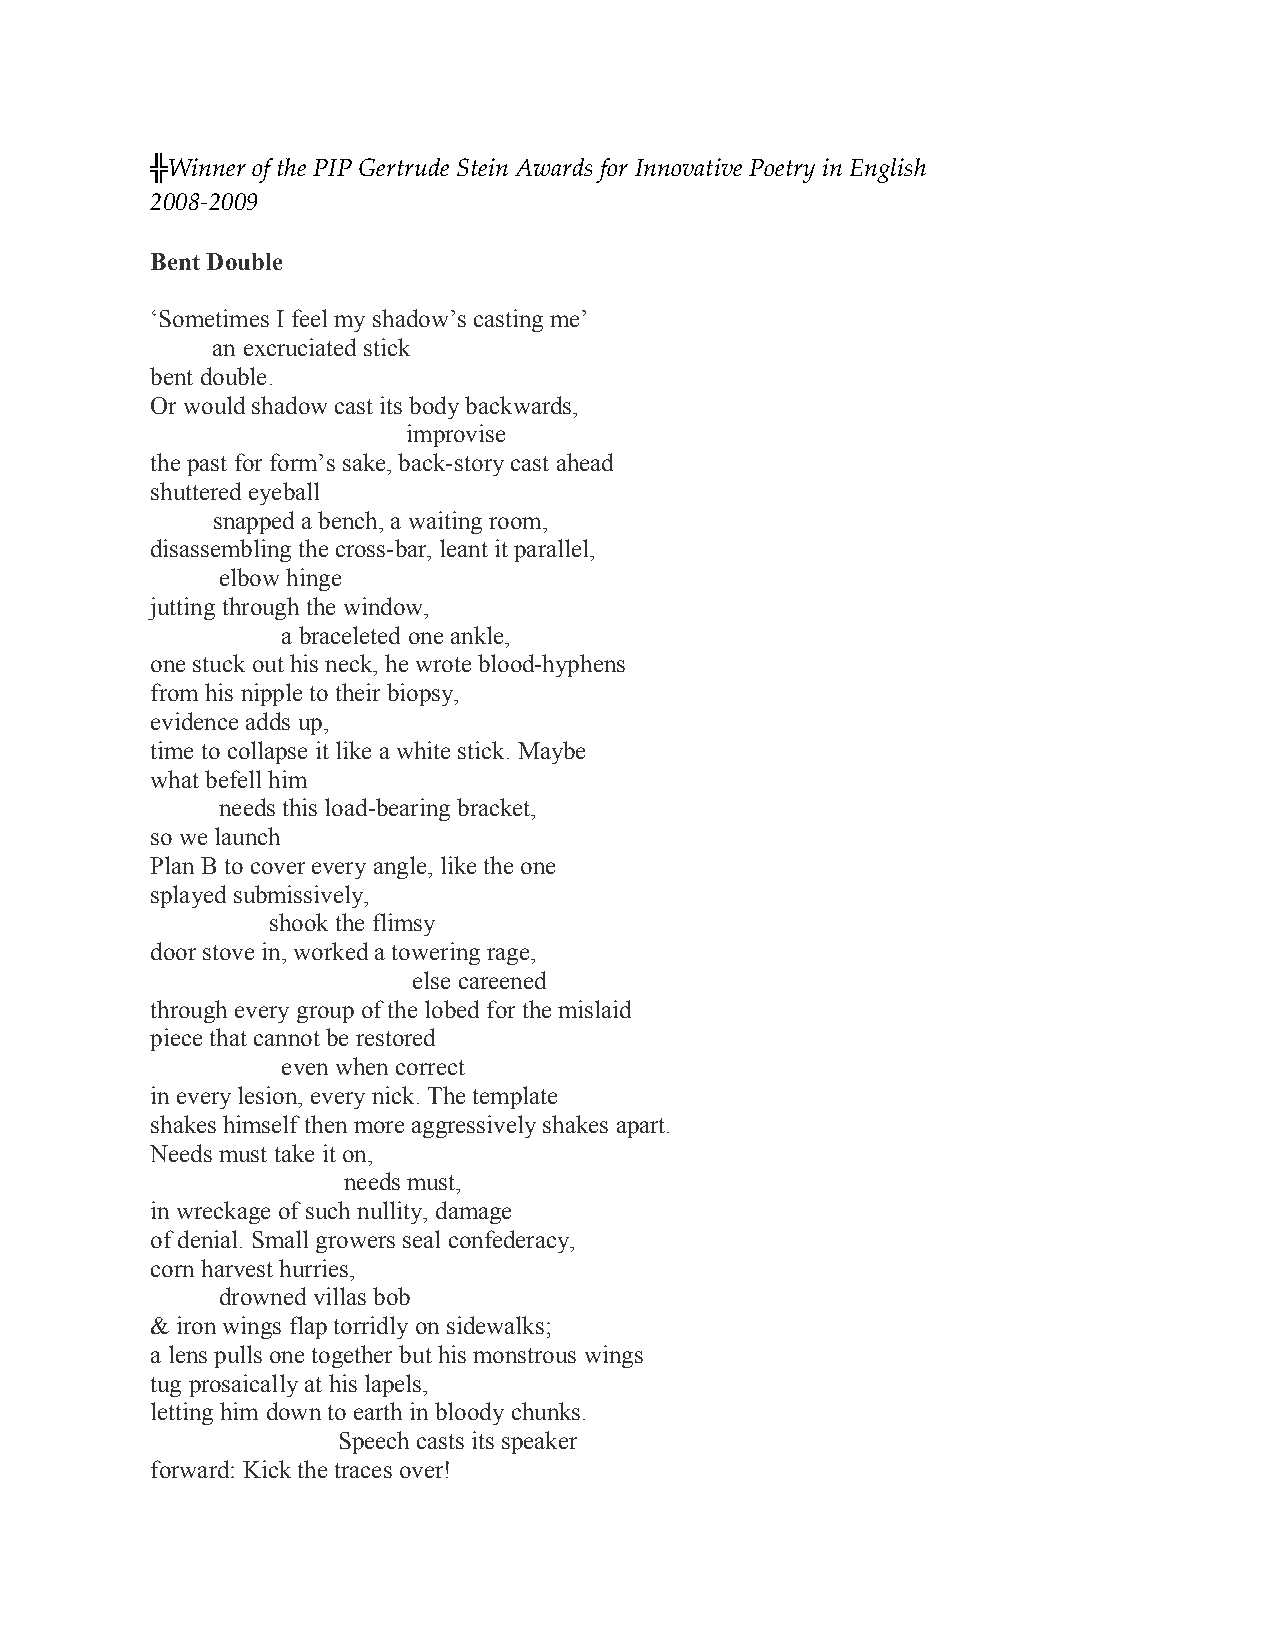
╬Winner of the PIP Gertrude Stein Awards for Innovative Poetry in English
 2008-2009
 Bent Double
 ‘Sometimes I feel my shadow’s casting me’
 an excruciated stick
 bent double.
 Or would shadow cast its body backwards,
 improvise
 the past for form’s sake, back-story cast ahead
 shuttered eyeball
 snapped a bench, a waiting room,
 disassembling the cross-bar, leant it parallel,
 elbow hinge
 jutting through the window,
 a braceleted one ankle,
 one stuck out his neck, he wrote blood-hyphens
 from his nipple to their biopsy,
 evidence adds up,
 time to collapse it like a white stick. Maybe
 what befell him
 needs this load-bearing bracket,
 so we launch
 Plan B to cover every angle, like the one
 splayed submissively,
 shook the flimsy
 door stove in, worked a towering rage,
 else careened
 through every group of the lobed for the mislaid
 piece that cannot be restored
 even when correct
 in every lesion, every nick. The template
 shakes himself then more aggressively shakes apart.
 Needs must take it on,
 needs must,
 in wreckage of such nullity, damage
 of denial. Small growers seal confederacy,
 corn harvest hurries,
 drowned villas bob
 & iron wings flap torridly on sidewalks;
 a lens pulls one together but his monstrous wings
 tug prosaically at his lapels,
 letting him down to earth in bloody chunks.
 Speech casts its speaker
 forward: Kick the traces over!